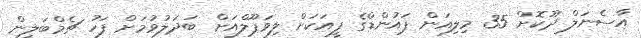
އާސެނަލް ދޫކޮށް 35 މިލިއަން ޕައުންޑްގެ ފީއަކަށް ލިވަޕޫލްއަށް ބަދަލުވުމަށް ފަހު ޗެމްބަލިން